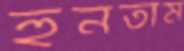
হুনতাম